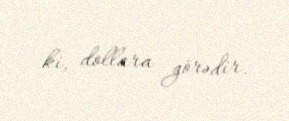
ki, dollara görədir.